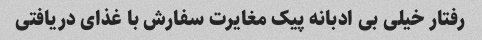
رفتار خیلی بی ادبانه پیک مغایرت سفارش با غذای دریافتی